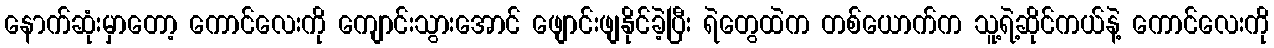
နောက်ဆုံးမှာတော့ ကောင်လေးကို ကျောင်းသွားအောင် ဖျောင်းဖျနိုင်ခဲ့ပြီး ရဲတွေထဲက တစ်ယောက်က သူ့ရဲ့ဆိုင်ကယ်နဲ့ ကောင်လေးကို